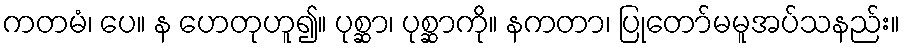
ကတမံ၊ ပေ။ န ဟေတုဟူ၍။ ပုစ္ဆာ၊ ပုစ္ဆာကို။ နကတာ၊ ပြုတော်မမူအပ်သနည်း။